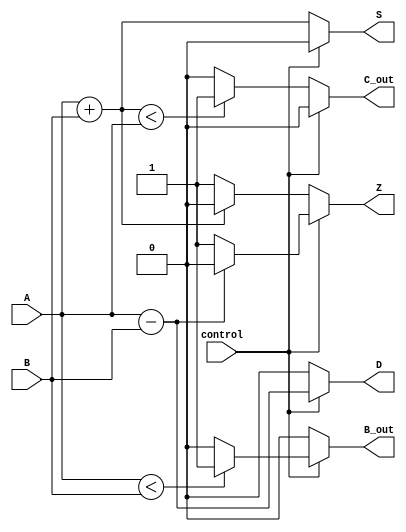
module ALU(input A, input B, input control,
            output reg S, output reg D, output reg Z,
            output reg C_out, output reg B_out);

    always @(*)
    begin
        if(control == 0) begin // Addition
            S = A + B;
            D = 0;
            Z = (S == 0) ? 1 : 0;
            C_out = (S < A) ? 1 : 0;
            B_out = 0;
        end
        else begin // Subtraction
            S = 0;
            D = A - B;
            Z = (D == 0) ? 1 : 0;
            C_out = 0;
            B_out = (A < B) ? 1 : 0;
        end
    end

endmodule